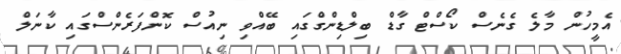
އެމީހުން މާލެ ގެނެސް ކޯސްޓް ގާޑް ބިލްޑިންގްގައި ބޭއްްވި ނިއުސް ކޮންފަރެންސްގައި ކާނަލް